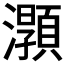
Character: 𤃑